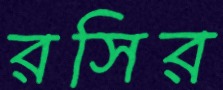
রসির